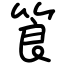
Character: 筤